Indian journal of veterinary science and animal husbandry - Volumes 18-21, 1948-1951
Year: 1948
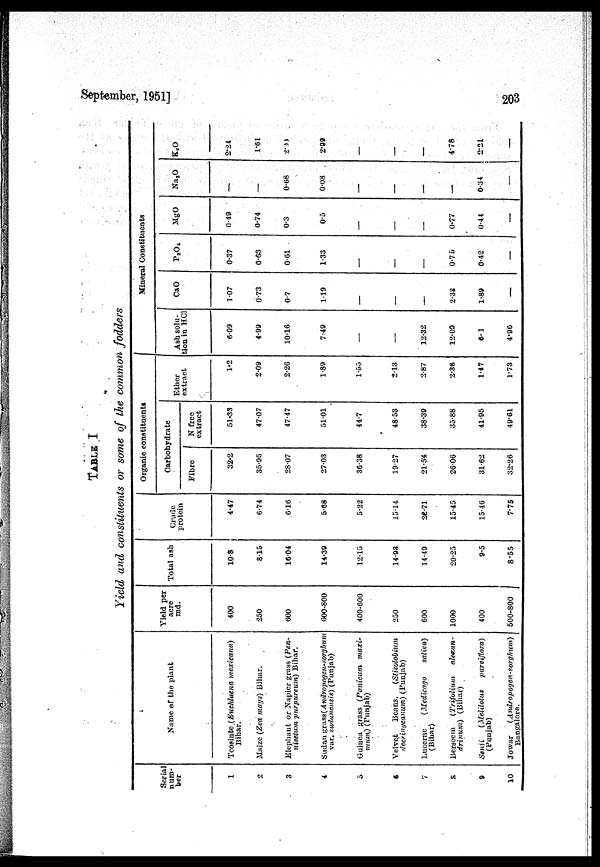
September, 1951]
203
TABLE I
Yield and constituents or some of the common fodders
Serial
num-
ber
1
2
3
4
5
6
7
8
9
10
Name of the plant
Teosinte (Euchlaena mexicana)
Bihar.
Maize (Zea mays) Bihar.
Elephant or Napier grass (Pen¬
nisetum purpureum) Bihar.
Sudan grass(Andropogen-sorghum
var. swlanensis) (Punjab)
Guinea grass (Panicum maxi¬
mum) (Punjab)
Velvet
Beans.
(Stizolobium
decrinyeanum) (Punjab)
Lucerne
(Medicago
saliva)
(Bihar)
Berseem
(Trifolium alexan¬
drium)
(Bihar)
Sonii
(Melilotus
purviflora)
(Punjab)
Jowar
(Andropogen-sorghum)
Bangalore.
Yield per
acre
md.
400
250
600
600-800
400-600
250
600
1000
400
500-800
Total ash
10.8
8.15
16.04
14.39
12.15
14.93
14.49
20.25
9.5
8.55
Crude
protein
4.47
6.74
6.16
5.68
5.22
15.14
26.71
15.45
15.46
7.75
Organic constituents
Carbohydrate
Fibre
32.2
35.95
28.07
27.03
36.38
19.27
21.54
26.06
31.62
32.26
N free
extract
51.33
47.07
47.47
51.01
44.7
48 53
38.39
35.88
41.95
49.61
Ether
extract
1.2
2.09
2.26
1.89
1.55
2.13
2.87
2.36
1.47
1.73
Mineral Constituents
Ash solu-
tion in HCl
6.09
4.99
10.16
7.49
—
—
12.32
12.09
6.1
4.96
CaO
1.07
0.73
0.7
1.19
—
—
—
2.33
1.89
—
P 3 O 6
0.37
0.63
0.61
1.33
—
—
—
0.75
0.42
—
MgO
0.49
0.74
0.3
0.5
—
—
—
0.77
0.44
—
Na 2 O
—
—
0.68
0.08
—
—
—
—
0.34
—
K 2 O
2.24
1.61
2.09
2.99
—
—
—
4.78
2.21
—